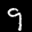
Label: 9